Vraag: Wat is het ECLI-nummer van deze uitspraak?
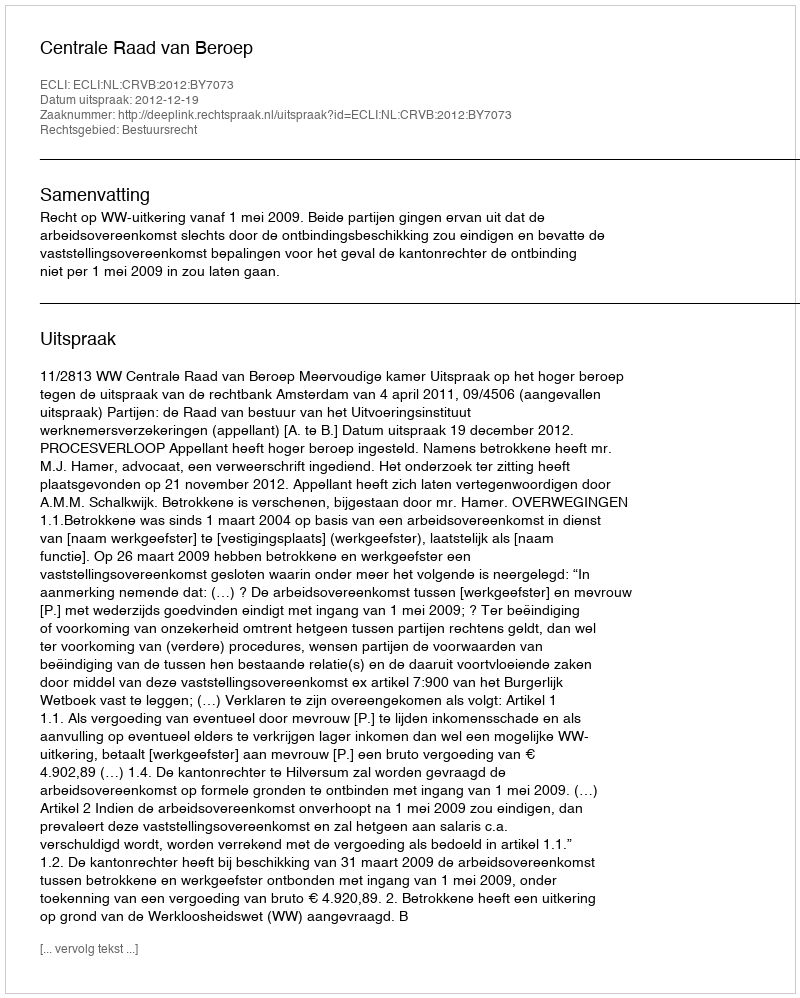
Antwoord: ECLI:NL:CRVB:2012:BY7073